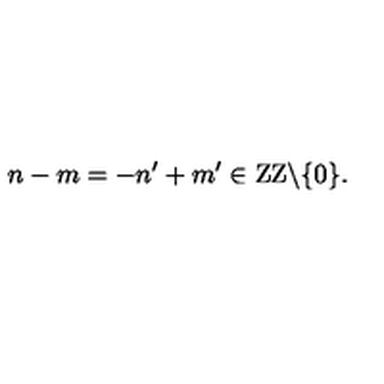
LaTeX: n - m = - n ^ { \prime } + m ^ { \prime } \in \mathrm { Z Z } \backslash \{ 0 \} .